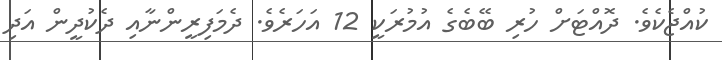
ކުއްޖެކެވެ. ދޮއްޓަށް ހުރި ބޭބެގެ އުމުރަކީ 12 އަހަރެވެ. ދެމަފިރީންނާއި ދެކުދީން އަދި